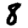
Digit: 8